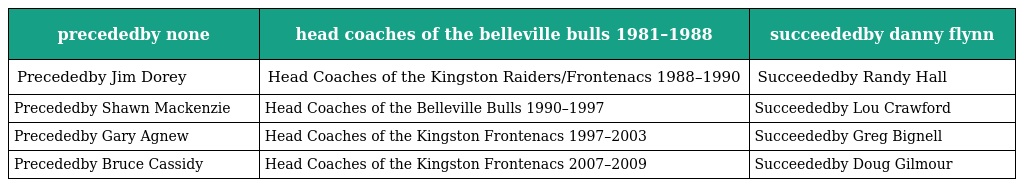
| precededby none | head coaches of the belleville bulls 1981–1988 | succeededby danny flynn |
 | --- | --- | --- |
 | Precededby Jim Dorey | Head Coaches of the Kingston Raiders/Frontenacs 1988–1990 | Succeededby Randy Hall |
 | Precededby Shawn Mackenzie | Head Coaches of the Belleville Bulls 1990–1997 | Succeededby Lou Crawford |
 | Precededby Gary Agnew | Head Coaches of the Kingston Frontenacs 1997–2003 | Succeededby Greg Bignell |
 | Precededby Bruce Cassidy | Head Coaches of the Kingston Frontenacs 2007–2009 | Succeededby Doug Gilmour |